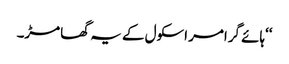
‘‘ہائے گرامر اسکول کے یہ گھامڑ۔